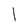
Character: 1